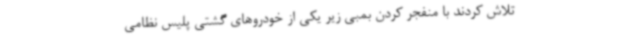
تلاش کردند با منفجر کردن بمبی زیر یکی از خودروهای گشتی پلیس نظامی